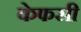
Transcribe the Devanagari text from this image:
केफसी